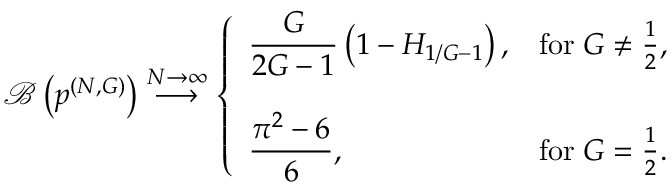
\mathcal { B } \left( \boldsymbol { p } ^ { ( N , G ) } \right) \stackrel { N \to \infty } { \longrightarrow } \left\{ \begin{array} { l l } { \displaystyle \frac { G } { 2 G - 1 } \left( 1 - H _ { 1 / G - 1 } \right) , } & { \mathrm { f o r \; } G \neq \frac { 1 } { 2 } , } \\ { \quad } \\ { \displaystyle \frac { \pi ^ { 2 } - 6 } { 6 } , } & { \mathrm { f o r \; } G = \frac { 1 } { 2 } . } \end{array} \right.